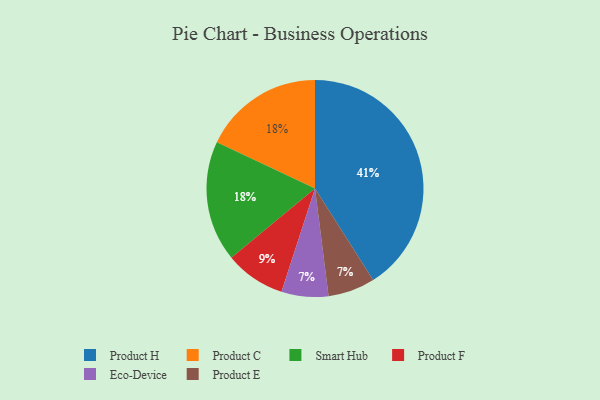
{"axis": {"x": "Category", "y": "Percentage"}, "legend": ["Eco-Device", "Product C", "Product E", "Product F", "Product H", "Smart Hub"], "data": [{"x": "Eco-Device", "y": 7, "type": "Eco-Device"}, {"x": "Product C", "y": 18, "type": "Product C"}, {"x": "Smart Hub", "y": 18, "type": "Smart Hub"}, {"x": "Product F", "y": 9, "type": "Product F"}, {"x": "Product H", "y": 41, "type": "Product H"}, {"x": "Product E", "y": 7, "type": "Product E"}]}